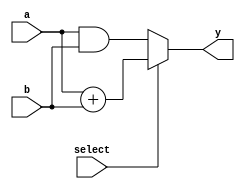
module comb_logic (
    input wire [3:0] a,   // 4-bit input
    input wire [3:0] b,   // 4-bit input
    input wire select,     // Control signal
    output reg [3:0] y     // 4-bit output
);

// Always block to describe combinational logic
always @(*) begin
    // Combinational logic description
    if (select) begin
        // If select is high, output is the sum of a and b (limited to 4 bits)
        y = a + b;
    end else begin
        // If select is low, output is the bitwise AND of a and b
        y = a & b;
    end
end

endmodule